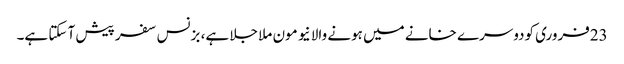
23فروری کودوسرے خانے میں ہونے والا نیو مون ملا جلا ہے، بزنس سفر پیش آ سکتا ہے۔